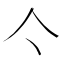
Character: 亽